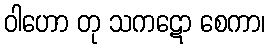
ဝါဟော တု သကဋော စေကာ၊